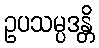
ဥပသမ္ပဒန္တိ